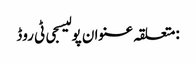
:متعلقہ عنوان پولیسجی ٹی روڈ